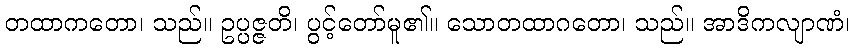
တထာကတော၊ သည်။ ဥပ္ပဇ္ဇတိ၊ ပွင့်တော်မူ၏။ သောတထာဂတော၊ သည်။ အာဒိကလျာဏံ၊